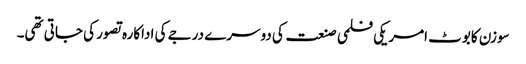
سوزن کابوٹ امریکی فلمی صنعت کی دوسرے درجے کی اداکارہ تصور کی جاتی تھی۔